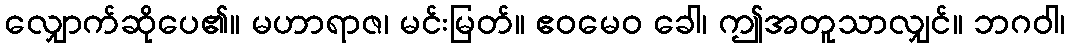
လျှောက်ဆိုပေ၏။ မဟာရာဇ၊ မင်းမြတ်။ ဧဝမေဝ ခေါ၊ ဤအတူသာလျှင်။ ဘဂဝါ၊